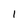
Character: I